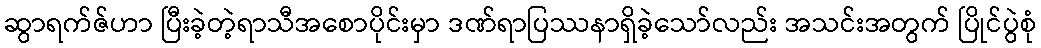
ဆွာရက်ဇ်ဟာ ပြီးခဲ့တဲ့ရာသီအစောပိုင်းမှာ ဒဏ်ရာပြဿနာရှိခဲ့သော်လည်း အသင်းအတွက် ပြိုင်ပွဲစုံ